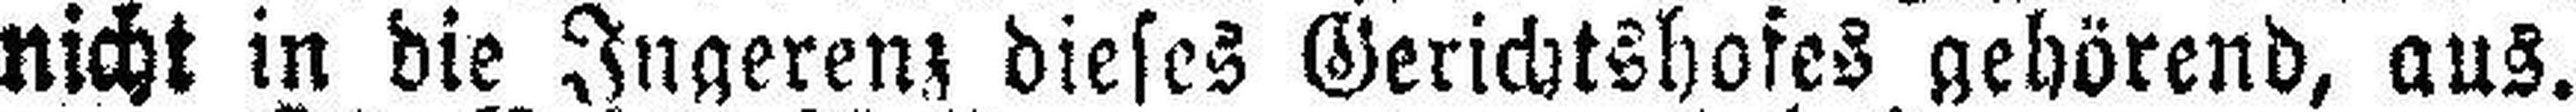
nicht in die Ingerenz dieses Gerichtshofes gehörend, aus.